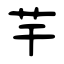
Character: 芉